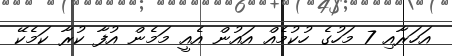
އަހަރާއި 7 މަހުގެ ހުކުމެއް އައުން އެއީ މަމެން އުފާ ކުރާ ކަމެކޭ